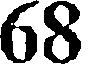
68